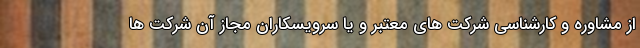
از مشاوره و کارشناسی شرکت های معتبر و یا سرویسکاران مجاز آن شرکت ها